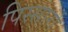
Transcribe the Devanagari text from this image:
पिस्सार्रो